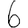
Digit: 6